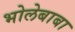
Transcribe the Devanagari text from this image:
भोलेबाबा